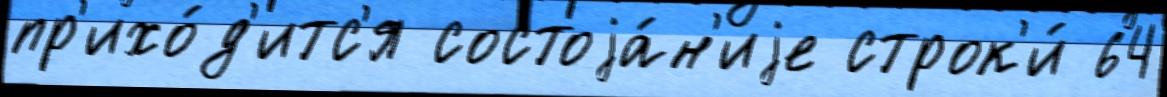
пр'ихо́д'итс'я состоjа́н'иjе строк'и́ 64